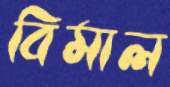
বিমাল